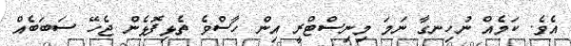
އެވެ. ކަމެއް ނުހިނގާ ނަމަ މިނިސްޓްރީ އިން ހާސްވެ ތެޅިފޮޅެން ޖެހޭ ސަބަބެއް